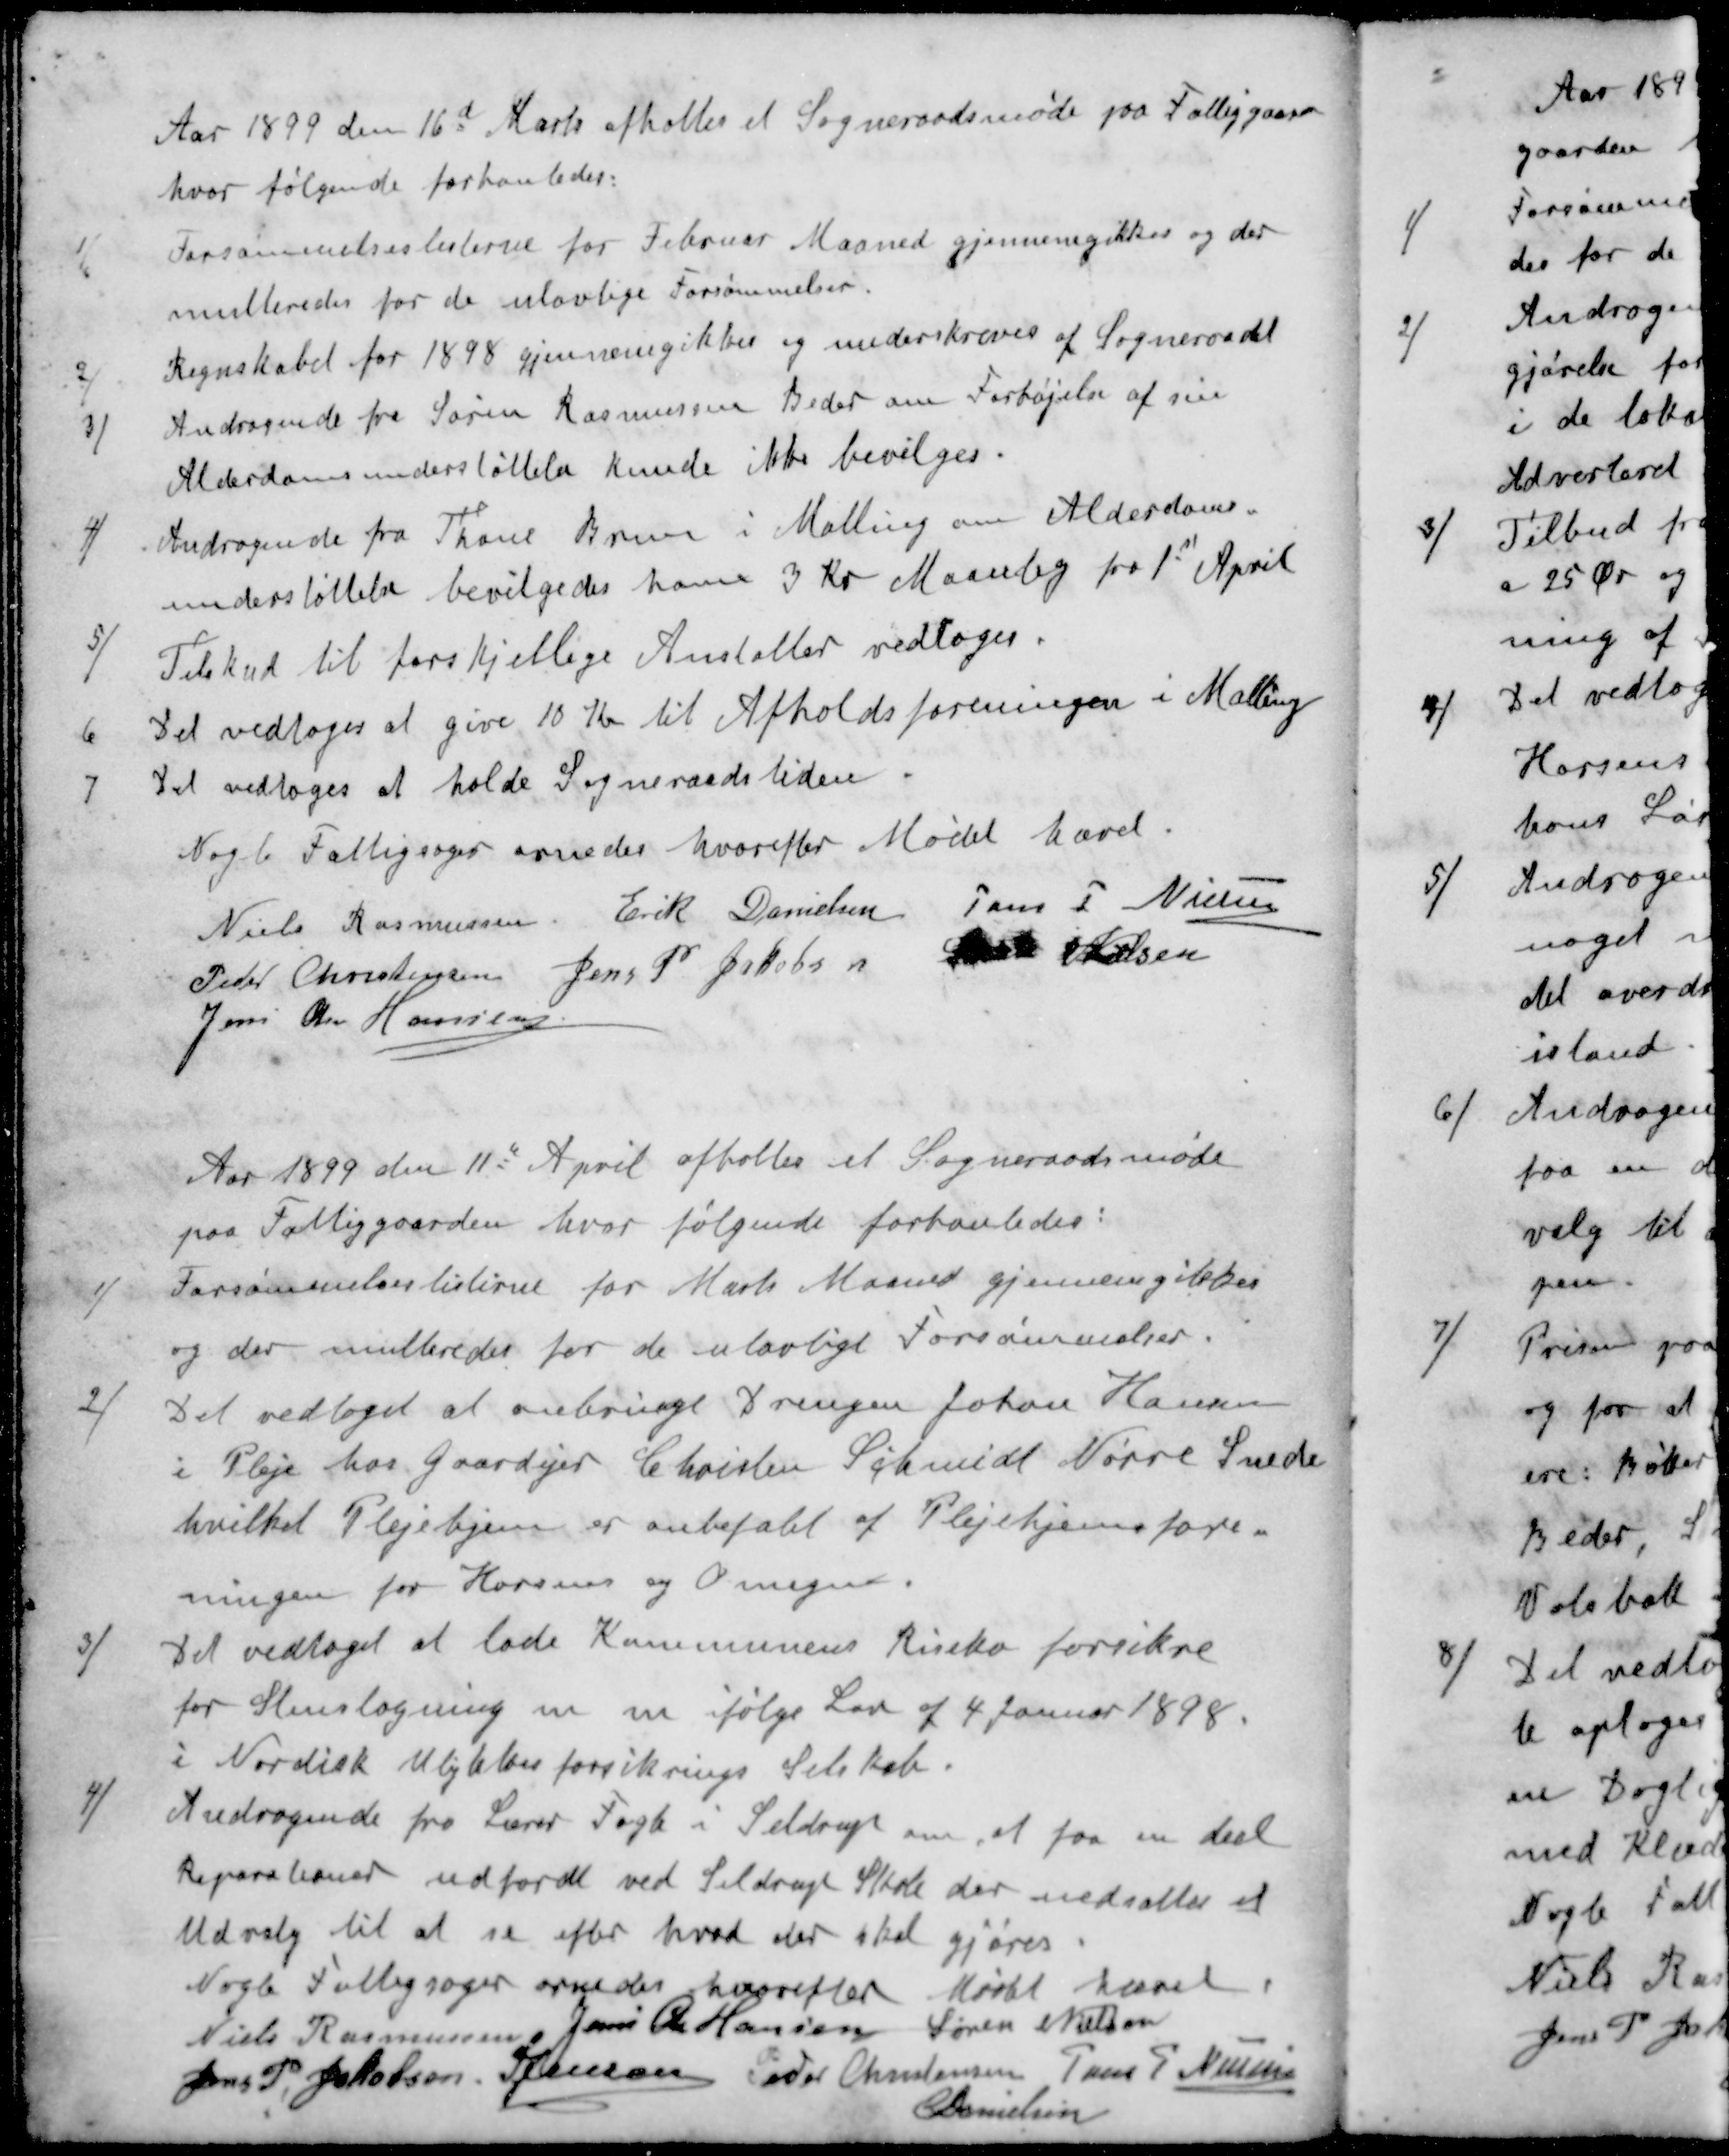
Transskription:
Aar 1899 den 16d Marts afholtes et Sogneraadsmøde paa Fattiggaarden
hvor følgende forhanledes:
1 / Forsømmelseslisterne for Februar Maaned gjennemgikkes og der
multeredes for de ulovlige Forsømmelser.
2 / Regnskabet for 1898 gjennemgikkes og underskreves af Sogneraadet
3 / Andragende fra Søren Rasmussen Beder om Forhøjelse af sin
Alderdomsunderstøttelse kunde ikke bevilges.
4 / Andragende fra Thone Brun i Malling om Alderdoms-
understøttelse bevilgedes ham 3 Kr Maanlig fra 1st April
5 /Tilskud til forskjellige Anstalter vedtoges.
6 Det vedtoges at give 10 Kr til Afholdsforeningen i Malling
7 Det vedtoges at holde Sogneraadstiden
Nogle Fattigsager ornedes hvorefter Mødet hævet.
Niels Rasmussen
Erik Danielsen
Jens P Nielsen
Peder Christensen
Jens P Jakobsen
Søren Nielsen
Jens Chr Hansen
Aar 1899 den 11te April afholtes et Sogneraadsmøde
paa Fattiggaarden, hvor følgende forhanledes:
Forsømmelseslisterne for Marts Maaned gjennemgikkes
og der multeredes for de ulovligt Forsømmelser.
Det vedtoges at anbringe Drengen Johan Hansen
i Pleje hos Gaardejer Christen Schmidt Nørre Snede
hvilket Plejehjem er anbefalet af Plejehjemsfore-
ningen for Horsens og Omegn.
Det vedtoges at lade Kommunens Risiko forsikre
for Stenslagning m m følge Lov af 4 Januar 1898.
i Nordisk Ulykkesforsikrings Selskab.
4 / Andragende fra Lærer Fogh i Seldrup om at faa en deel
Reparationer udførdt ved Seldrup Skole der nedsættes et
Udvalg til at se efter hvad der skal gjøres
Nogle Fattigsager ornedes herefter Mødet hævet
Niels Rasmussen
Jens Chr Hansen
Søren Nielsen
Jens P. Jakobsen
S Jensen
Peder Christensen
Jens P. Nielsen
E Danielsen